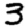
Digit: 3